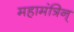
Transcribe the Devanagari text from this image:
महामंत्रिन्‌